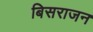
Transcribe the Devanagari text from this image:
बिसराजन